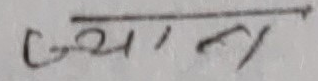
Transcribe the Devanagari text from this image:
उच्चतम